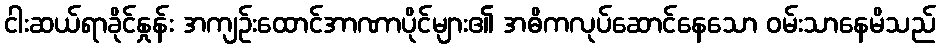
ငါးဆယ်ရာခိုင်နှုန်း အကျဉ်းထောင်အာဏာပိုင်များ၏ အဓိကလုပ်ဆောင်နေသော ဝမ်းသာနေမိသည်